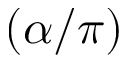
( \alpha / \pi )